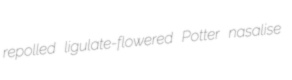
repolled ligulate-flowered Potter nasalise